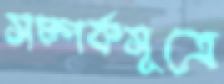
সম্পর্কসূত্রে